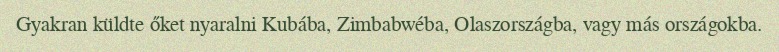
Gyakran küldte őket nyaralni Kubába, Zimbabwéba, Olaszországba, vagy más országokba.